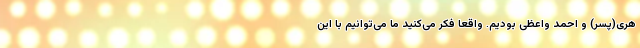
هری(پسر) و احمد واعظی بودیم. واقعا فکر می‌کنید ما می‌توانیم با این